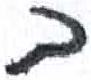
אות: ב